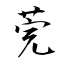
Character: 莞